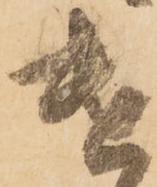
遣